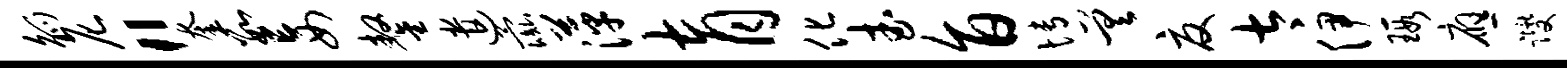
觚尼“奎数妄鏊遣彘萍育化武旨博差夏太伊瑕应躞